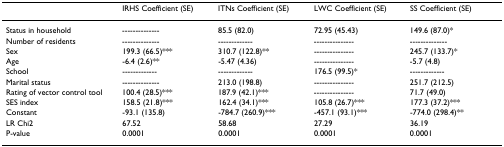
|  | IRHS Coefficient (SE) | ITNs Coefficient (SE) | LWC Coefficient (SE) | SS Coefficient (SE) |
 | --- | --- | --- | --- | --- |
 | Status in household | -------------- | 85.5 (82.0) | 72.95 (45.43) | 149.6 (87.0)* |
 | Number of residents | -------------- | ------------- | --------------- | -------------- |
 | Sex | 199.3 (66.5)*** | 310.7 (122.8)** | --------------- | 245.7 (133.7)* |
 | Age | -6.4 (2.6)** | -5.47 (4.36) | --------------- | -5.7 (4.8) |
 | School | ------------- | ------------- | 176.5 (99.5)* | ------------- |
 | Marital status | -------------- | 213.0 (198.8) | --------------- | 251.7 (212.5) |
 | Rating of vector control tool | 100.4 (28.5)*** | 187.9 (42.1)*** | --------------- | 71.7 (49.0) |
 | SES index | 158.5 (21.8)*** | 162.4 (34.1)*** | 105.8 (26.7)*** | 177.3 (37.2)*** |
 | Constant | -93.1 (135.8) | -784.7 (260.9)*** | -457.1 (93.1)*** | -774.0 (298.4)** |
 | LR Chi2 | 67.52 | 58.68 | 27.29 | 36.19 |
 | P-value | 0.0001 | 0.0001 | 0.0001 | 0.0001 |